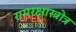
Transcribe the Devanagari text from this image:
रामरक्षास्त्रोत्र